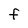
Character: F